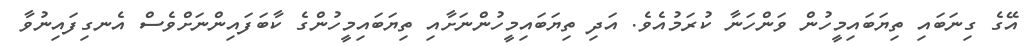
އޭގެ ގިނަބައި ތިޔަބައިމީހުން ވަންހަނާ ކުރަމުއެވެ. އަދި ތިޔަބައިމީހުންނަށާއި ތިޔަބައިމީހުންގެ ކާބަފައިންނަށްވެސް އެނގިފައިނުވާ